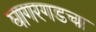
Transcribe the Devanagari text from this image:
घागरगडचा